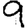
Digit: 9